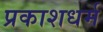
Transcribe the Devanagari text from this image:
प्रकाशधर्म